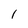
Character: 1